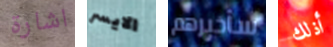
اشارة الايسر سأخبرهم أذلك